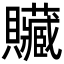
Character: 贜